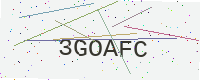
Text: 3GOAFC